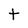
Character: t